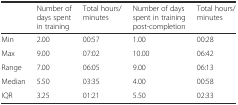
<table><thead><tr><td></td><td><b>Number of days spent in training</b></td><td><b>Total hours/minutes</b></td><td><b>Number of days spent in training post-completion</b></td><td><b>Total hours/minutes</b></td></tr></thead><tbody><tr><td>Min</td><td>2.00</td><td>00:57</td><td>1.00</td><td>00:28</td></tr><tr><td>Max</td><td>9.00</td><td>07:02</td><td>10.00</td><td>06:42</td></tr><tr><td>Range</td><td>7.00</td><td>06:05</td><td>9.00</td><td>06:13</td></tr><tr><td>Median</td><td>5.50</td><td>03:35</td><td>4.00</td><td>00:58</td></tr><tr><td>IQR</td><td>3.25</td><td>01:21</td><td>5.50</td><td>02:33</td></tr></tbody></table>